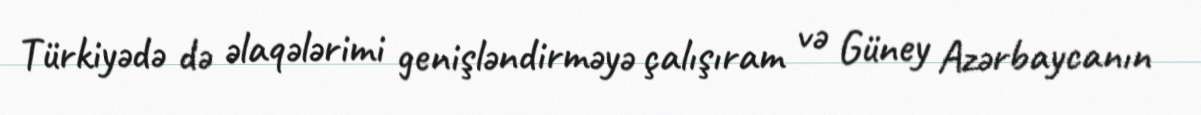
Türkiyədə də əlaqələrimi genişləndirməyə çalışıram və Güney Azərbaycanın